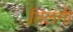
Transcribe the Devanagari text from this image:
तिलंगी